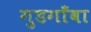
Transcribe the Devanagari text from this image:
गुडगाँवा